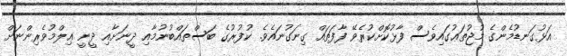
އަޅުގަނޑުމެންގެ މުޖުތަޢުގައިވެސް ފާޅުކޮށްކުރެވޭ ފާފަތައް ގިނަގުނައެވެ. ކުފުރުގެ ބަސްތައްބުނުމާއި ދީނަށާއި ދީނީ ޢިލްމުވެރިންނަށް